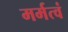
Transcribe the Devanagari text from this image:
मर्मत्वं